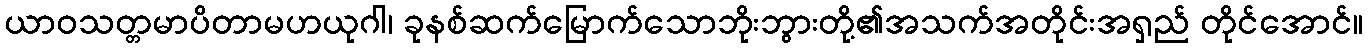
ယာဝသတ္တမာပိတာမဟယုဂါ၊ ခုနစ်ဆက်မြောက်သောဘိုးဘွားတို့၏အသက်အတိုင်းအရှည် တိုင်အောင်။